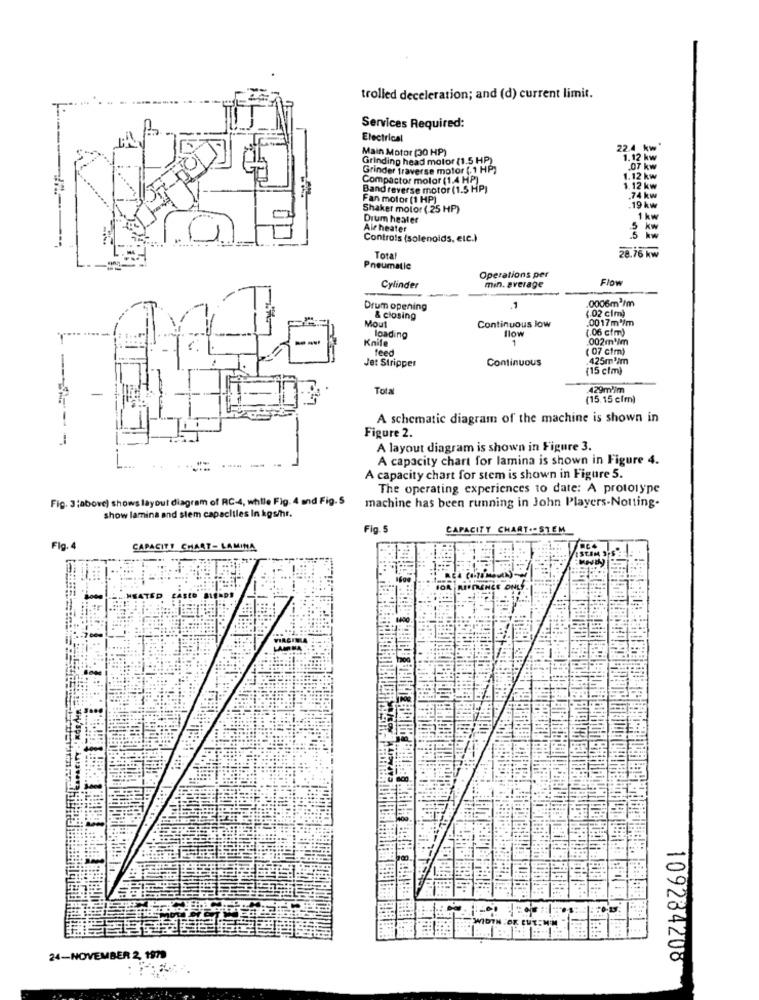
trolled deceleration; and (d) current limit.
Services Required:
Electrical
Main Motor (30 HP)
22.4 kw
Grinding head motor (1.5 HP)
1.12 kw
Grinder traverse motor (.1 HP)
07 kw
Compactor motor (1,4 HP)
1.12 kw
Band reverse motor (1.5 HP)
1.12 kw
Fan motor (1 HP)
.74 kw
Shaker motor ( 25 HP)
.19 kw
Drum heater
1 kw
Air heater
Controls (solenoids, etc.)
Total
28.76 kw
Pneumatic
Operations per
Flow
Cylinder
min. average
0006m2/m
Drum opening
1
(.02 cim)
Mout
& closing
Continuous low
.0017m /m
.... ....
flow
(.06 cim)
--
Knife
loading
1
.002mlm
feed
( 07 cim)
Jet Stripper
Continuous
.425m3im
(15 clm)
--
Total
429mlim
(15.15 cfm)
A schematic diagram of the machine is shown in
Figure 2.
A layout diagram is shown in Figure 3.
-- -
A capacity chart for lamina is shown in Figure 4.
A capacity chart for stem is shown in Figure 5.
The operating experiences to date: A prototype
Fig. 3:above) shows layout diagram of RC-4, while Fig. 4 and Fig.5
machine has been running in John Players-Notting-
show lamina and stem capacitles In kgs/hr.
Fig.5
CAPACITY CHART .- STEM
Fig. 4
CAPACITY CHART- LAMINA
ATED
24-NOVEMBER 2, 1979
109284208